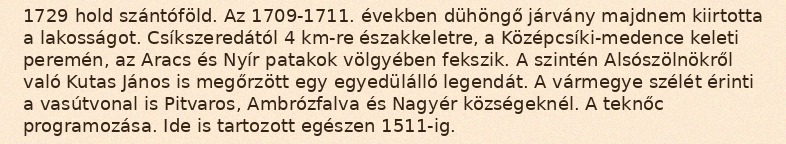
1729 hold szántóföld. Az 1709-1711. években dühöngő járvány majdnem kiirtotta a lakosságot. Csíkszeredától 4 km-re északkeletre, a Középcsíki-medence keleti peremén, az Aracs és Nyír patakok völgyében fekszik. A szintén Alsószölnökről való Kutas János is megőrzött egy egyedülálló legendát. A vármegye szélét érinti a vasútvonal is Pitvaros, Ambrózfalva és Nagyér községeknél. A teknőc programozása. Ide is tartozott egészen 1511-ig.